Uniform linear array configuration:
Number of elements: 16
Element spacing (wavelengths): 0.25
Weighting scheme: kaiser
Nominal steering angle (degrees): -15
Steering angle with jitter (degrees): -14.495
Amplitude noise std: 0.05
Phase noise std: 0.05

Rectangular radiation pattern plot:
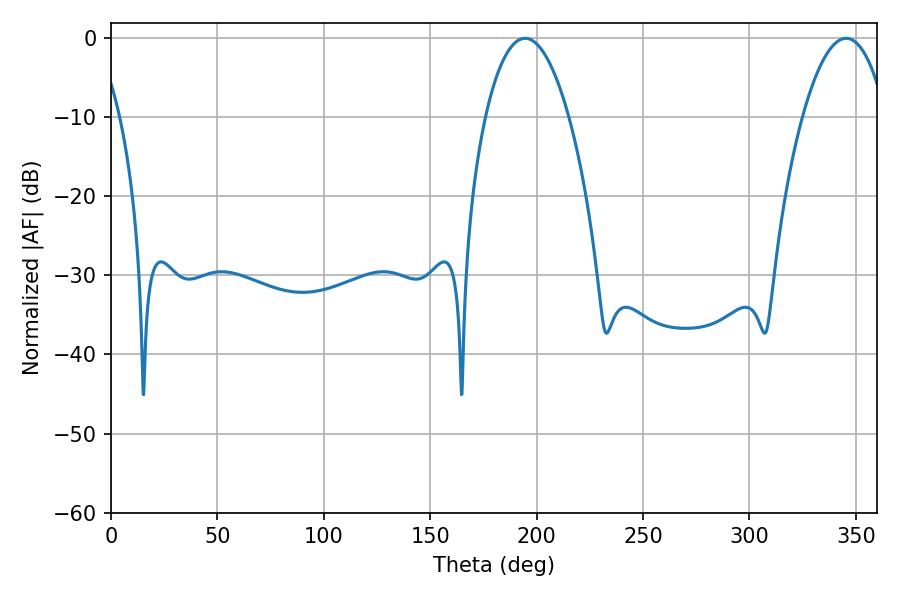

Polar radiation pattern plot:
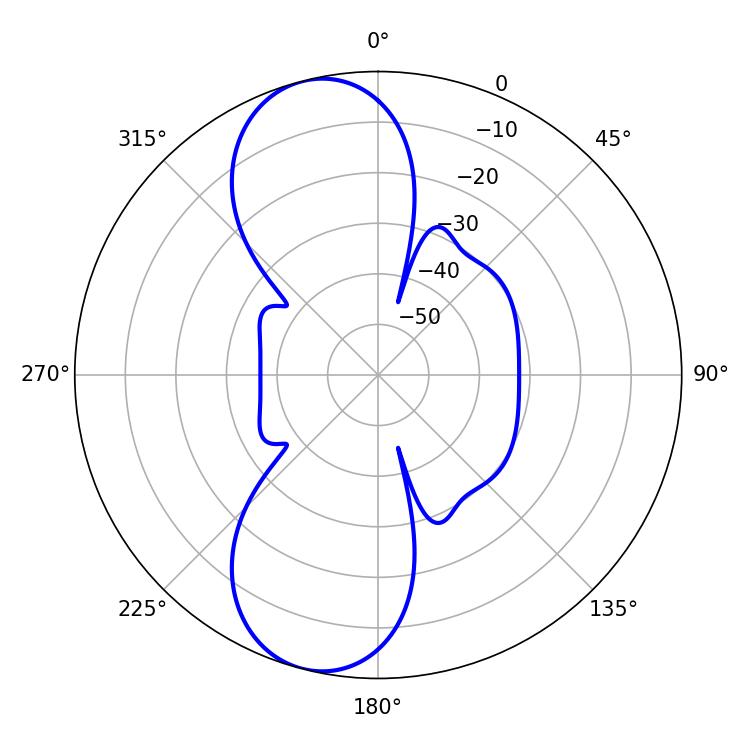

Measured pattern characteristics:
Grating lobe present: FALSE
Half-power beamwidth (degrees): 21.78
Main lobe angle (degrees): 345.42